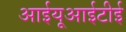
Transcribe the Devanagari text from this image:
आईयूआईटीई